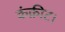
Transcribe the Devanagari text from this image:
कंक्रीट।